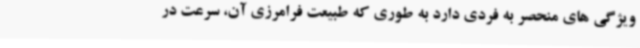
ویژگی های منحصر به فردی دارد به طوری که طبیعت فرامرزی آن، سرعت در